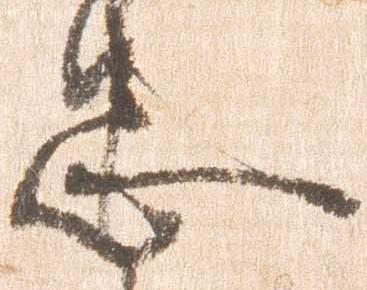
忠